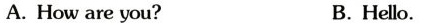
A.How are you? B.Hello.